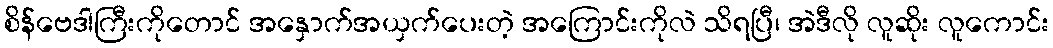
စိန်ဗေဒါကြီးကိုတောင် အနှောက်အယှက်ပေးတဲ့ အကြောင်းကိုလဲ သိရပြီ၊ အဲဒီလို လူဆိုး လူကောင်း